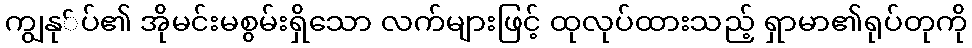
ကျွနု်ပ်၏ အိုမင်းမစွမ်းရှိသော လက်များဖြင့် ထုလုပ်ထားသည့် ရှာမာ၏ရုပ်တုကို